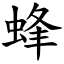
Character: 蜂